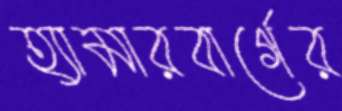
হ্যামারবার্গের